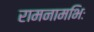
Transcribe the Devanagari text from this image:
रामनामभिः